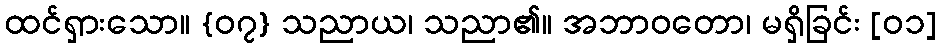
ထင်ရှားသော။ {၀၇} သညာယ၊ သညာ၏။ အဘာဝတော၊ မရှိခြင်း [၀၁]